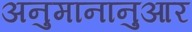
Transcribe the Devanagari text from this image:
अनुमानानुआर